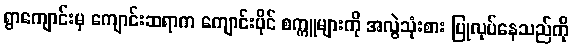
ရွာကျောင်းမှ ကျောင်းဆရာက ကျောင်းပိုင် စက္ကူများကို အလွဲသုံးစား ပြုလုပ်နေသည်ကို